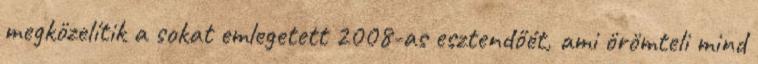
megközelítik a sokat emlegetett 2008-as esztendőét, ami örömteli mind